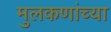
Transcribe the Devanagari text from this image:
मुलकणांच्या